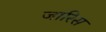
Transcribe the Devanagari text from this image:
जारिस